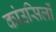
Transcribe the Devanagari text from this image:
कांउसिलों